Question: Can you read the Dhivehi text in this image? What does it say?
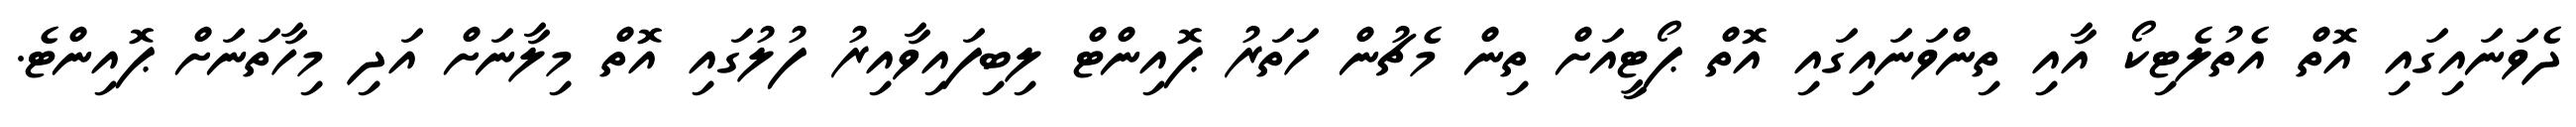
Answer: ދެވަނައިގައި އޮތް އެތުލެޓިކޯ އާއި ތިންވަނައިގައި އޮތް ޕޯޓީއަށް ތިން މެޗުން ހަތަރު ޕޮއިންޓް ލިބިފައިވާއިރު ފުލުގައި އޮތް މިލާނަށް އަދި މިހާތަނަށް ޕޮއިންޓެ.